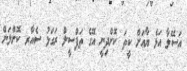
އަސޭލާ އަޅެ ޔާއަށް ކީތަ ކޮށްދިނީ އޭގެ ތަފްސީލް ރަގަޅު ސެއާރ ކޮށްލަން